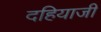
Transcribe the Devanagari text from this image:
दहियाजी